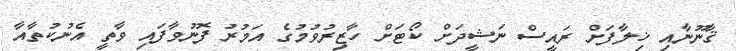
ޤާނޫނާއި ޚިލާފަށް ރައީސް ނަޝީދަށް ކޯޓަށް ހާޒިރުވުމުގެ އަމުރު ފޮނުވާފައި ވާތީ އެނުކުތާއާ